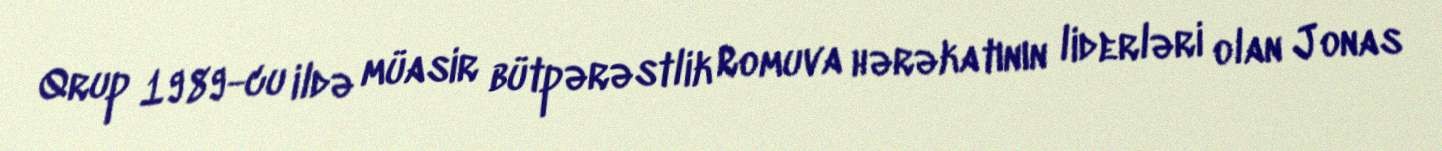
Qrup 1989-cu ildə müasir bütpərəstlik Romuva hərəkatının liderləri olan Jonas